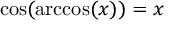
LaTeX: \cos ( \operatorname { a r c c o s } ( x ) ) = x